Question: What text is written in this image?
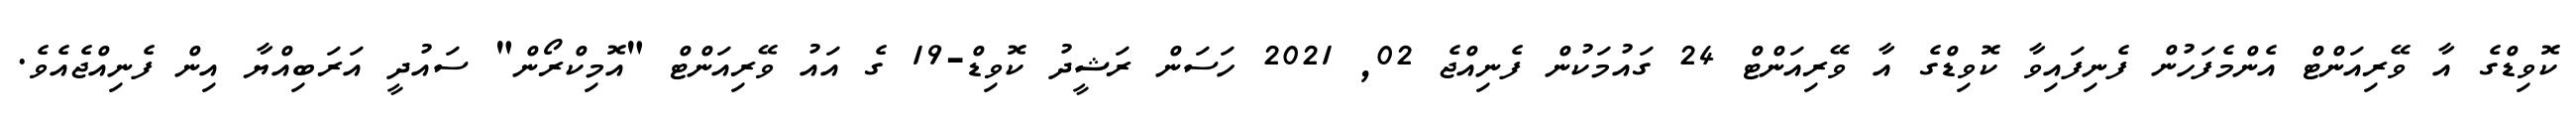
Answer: ކޮވިޑްގެ އާ ވޭރިއަންޓް އެންމެފަހުން ފެނިފައިވާ ކޮވިޑްގެ އާ ވޭރިއަންޓް 24 ގައުމަކުން ފެނިއްޖެ 02, 2021 ހަސަން ރަޝީދު ކޮވިޑް-19 ގެ އައު ވޭރިއަންޓް "އޮމިކްރޯން" ސައުދީ އަރަބިއްޔާ އިން ފެނިއްޖެއެވެ.